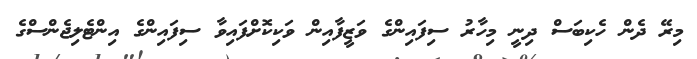
މިރޭ ދެން ހެކިބަސް ދިނީ މިހާރު ސިފައިންގެ ވަޒީފާއިން ވަކިކޮށްފައިވާ ސިފައިންގެ އިންޓެލިޖެންސްގެ